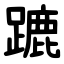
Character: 蹗